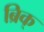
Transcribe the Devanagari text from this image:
ब्रिक्